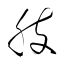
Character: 肢